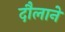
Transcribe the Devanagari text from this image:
दौलाने